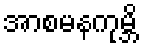
အာစမနကုမ္ဘိ